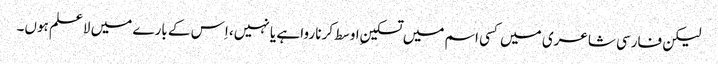
لیکن فارسی شاعری میں کسی اسم میں تسکینِ اوسط کرنا روا ہے یا نہیں، اِس کے بارے میں لاعلم ہوں۔